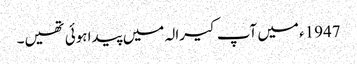
1947ء میں آپ کیرالہ میں پیدا ہوئی تھیں۔